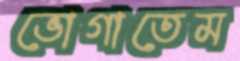
ভোগাতেম